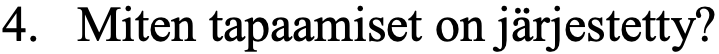
4. Miten tapaamiset on järjestetty?